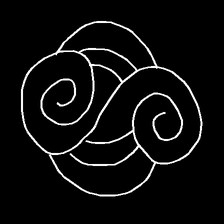
Glyph: wind-underfoot